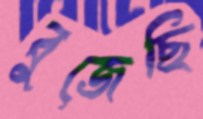
বুজেছি